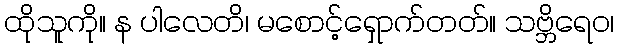
ထိုသူကို။ န ပါလေတိ၊ မစောင့်ရှောက်တတ်။ သဗ္ဘိရေဝ၊